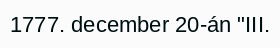
1777. december 20-án "III.